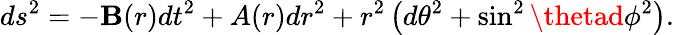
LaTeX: ds^{2}=-\mathbf{B}(r)dt^{2}+A(r)dr^{2}+r^{2}\left(d\theta^{2}+\sin^{2}\thetad\phi^{2}\right).